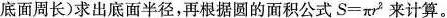
底面周长 )求出底面半径，再根据圆的面积公式$$S = π r ^ { 2 }$$来计算。